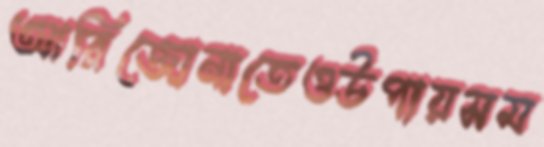
আরিজোনাতেওউপায়সম